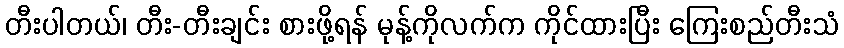
တီးပါတယ်၊ တီး-တီးချင်း စားဖို့ရန် မုန့်ကိုလက်က ကိုင်ထားပြီး ကြေးစည်တီးသံ